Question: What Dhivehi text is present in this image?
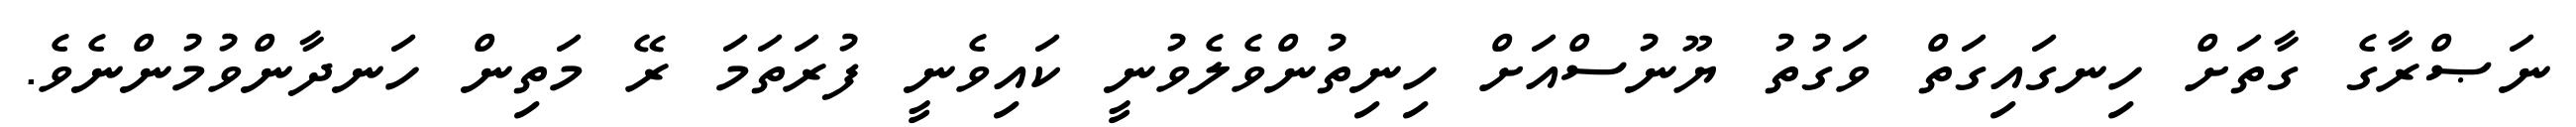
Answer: ނަޞްރާގެ ގާތަށް ހިނގައިގަތް ވަގުތު ޔޫނުސްއަށް ހިނިތުންވެލެވުނީ ކައިވެނީ ފުރަތަމަ ރޭ މަތިން ހަނދާންވުމުންނެވެ.